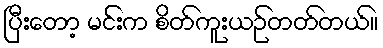
ပြီးတော့ မင်းက စိတ်ကူးယဉ်တတ်တယ်။